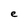
Character: e